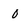
Character: 0